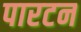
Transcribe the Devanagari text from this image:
पारटन